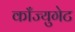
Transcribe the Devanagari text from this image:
काँज्युगेट